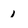
Character: 1